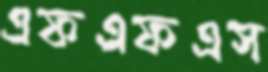
এফএফএস